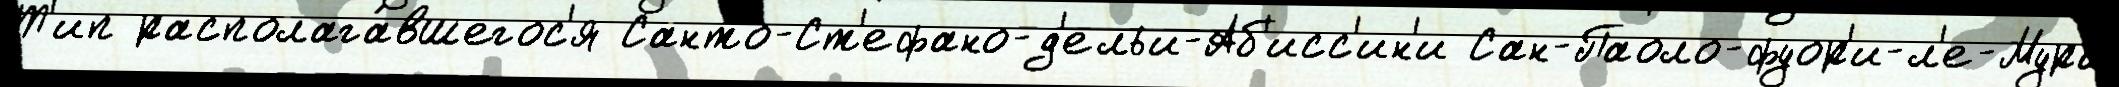
Т'ип располага́вшегос'я Санто-Ст'ефано-д'ельи-Аб'исс'ин'и Сан-Паоло-фуор'и-л'е-Мура́